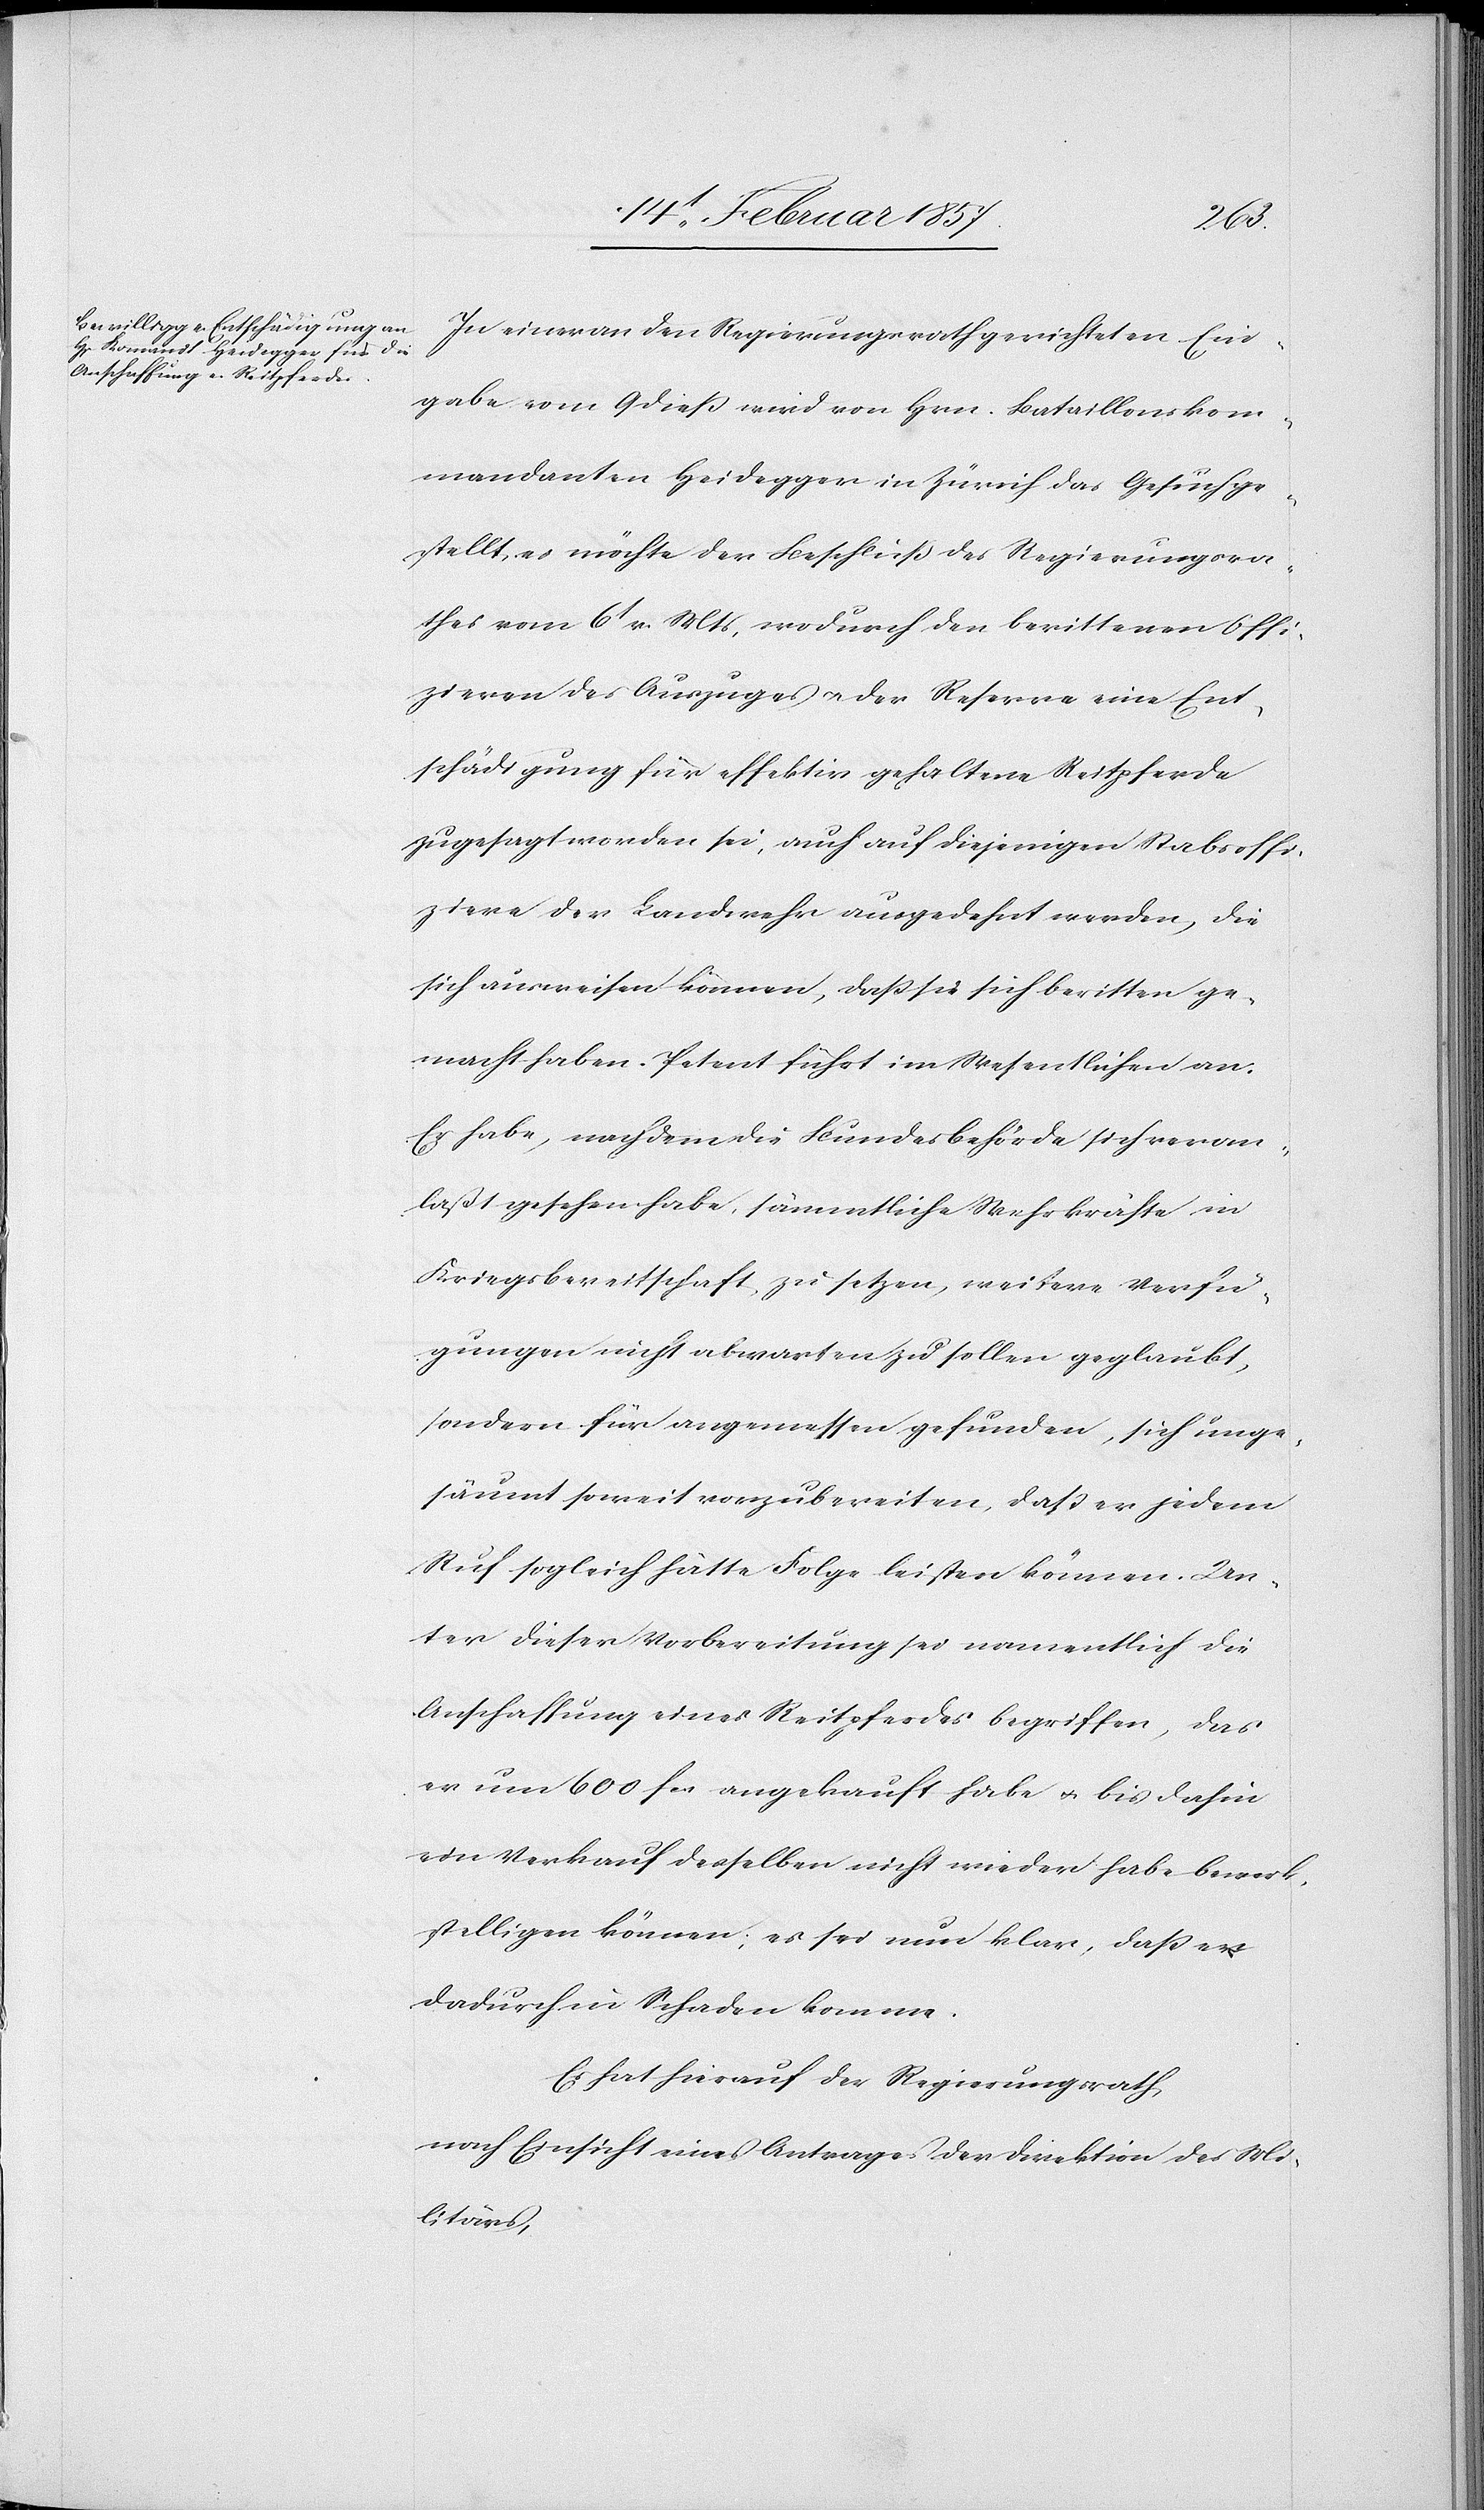
In einer an den Regierungsrath gerichteten Ein¬
gabe vom 9 dieß wird von Hrn. Bataillonskom¬
mandanten Heidegger in Zürich das Gesuch ge¬
stellt, es möchte der Beschluß des Regierungsra¬
thes vom 6t v. Mts, wodurch den berittenen Offi¬
zieren des Auszuges u. der Reserve eine Ent¬
schädigung für effektiv gehaltene Reitpferde
zugesagt worden sei, auch auf diejenigen Stabsoffi¬
ziere der Landwehr ausgedehnt werden, die
sich ausweisen können, daß sie sich beritten ge¬
macht haben. Petent führt im Wesentlichen an:
Er habe, nachdem die Bundesbehörde sich veran¬
laßt gesehen habe, sämmtliche Wehrkräfte in
Kriegsbereitschaft zu setzen, weitere Verfü¬
gungen nicht abwarten zu sollen geglaubt,
sondern für angemessen gefunden, sich unge¬
säumt soweit vorzubereiten, daß er jedem
Ruf sogleich hätte Folge leisten können. Un¬
ter dieser Vorbereitung sei namentlich die
Anschaffung eines Reitpferdes begriffen, das
er um 600 fr angekauft habe u. bis dahin
ein Verkauf desselben nicht wieder habe bewerk¬
stelligen können; es sei nun klar, daß er
dadurch in Schaden komme.
Es hat hierauf der Regierungsrath
nach Einsicht eines Antrages der Direktion des Mi¬
litärs,